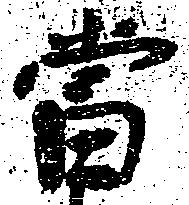
当